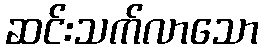
ဆင်းသက်လာသော